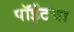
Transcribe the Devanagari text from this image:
पॉईंटचा